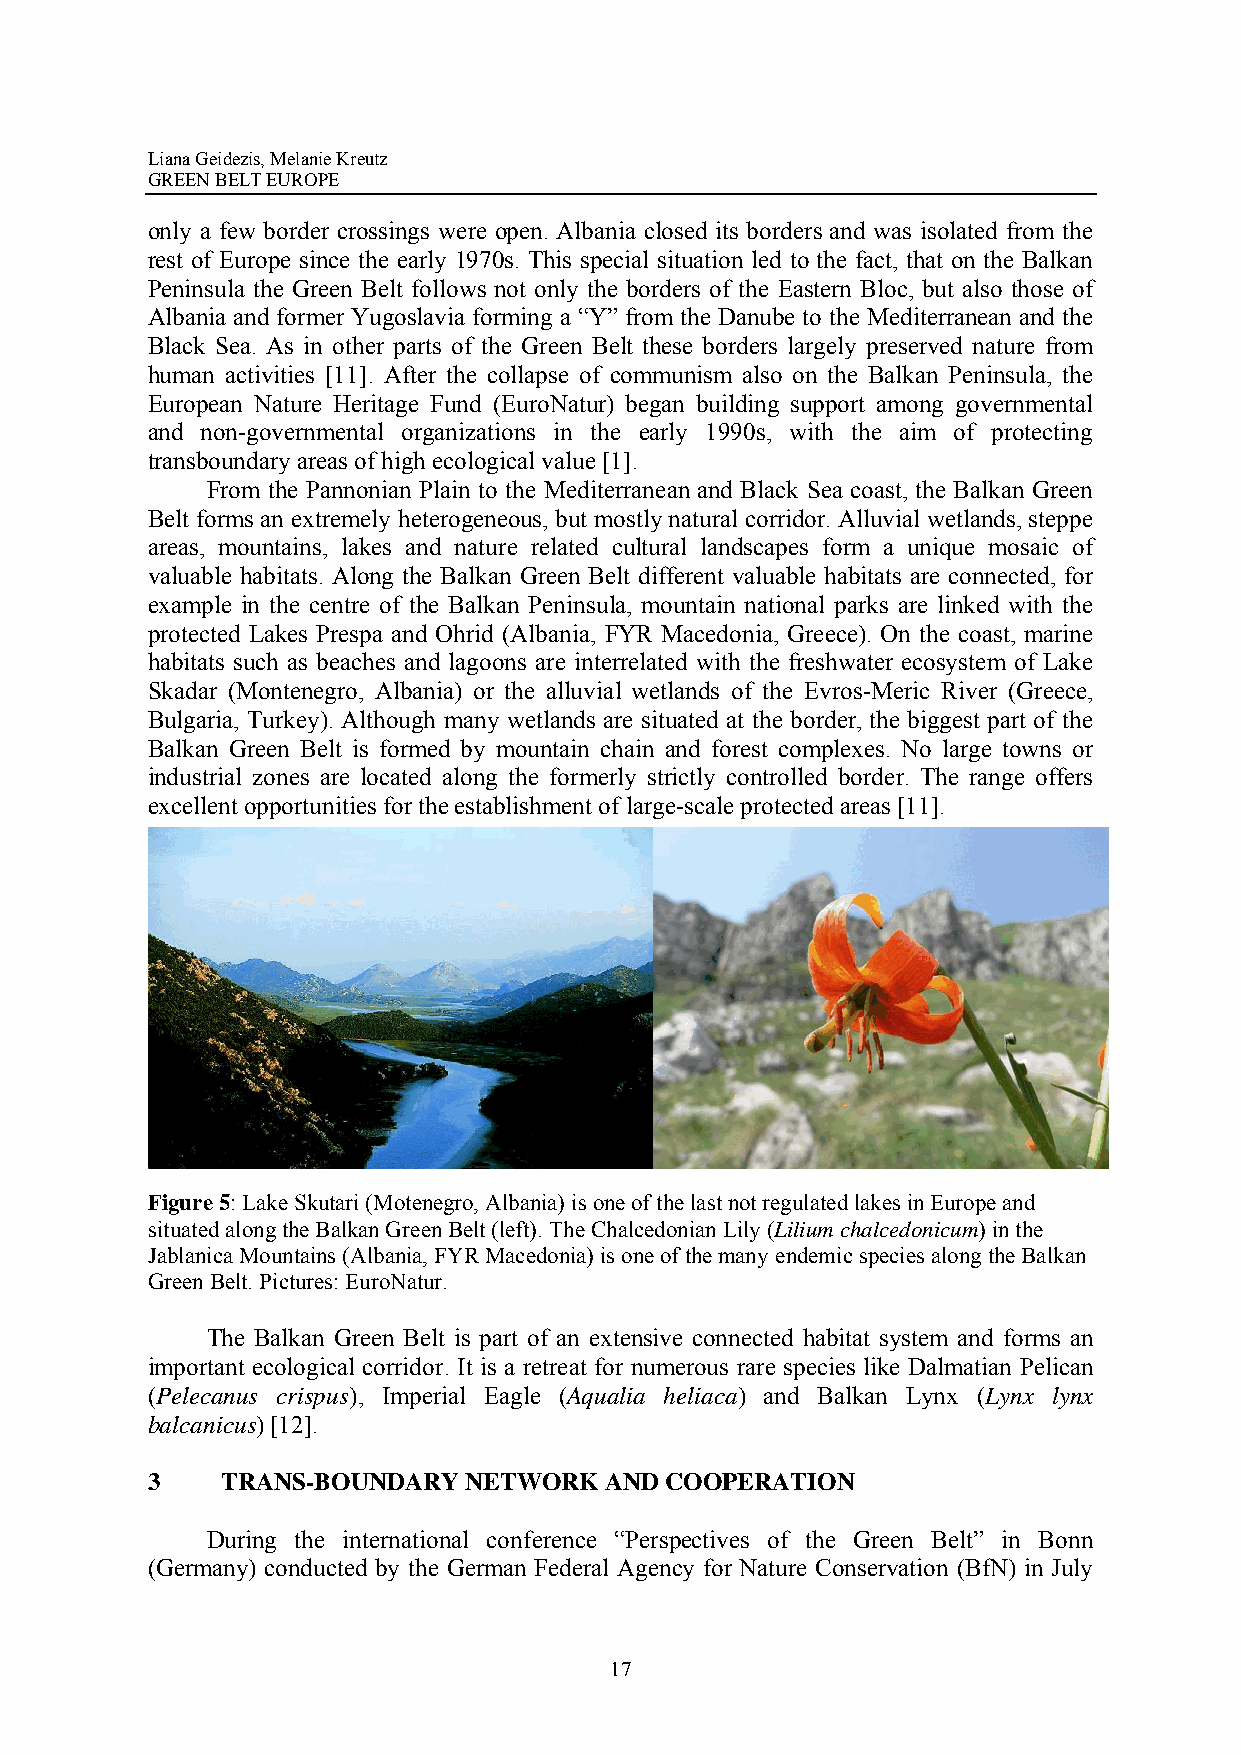
Liana Geidezis, Melanie Kreutz
 GREEN BELT EUROPE
 only a few border crossings were open. Albania closed its borders and was isolated from the
 rest of Europe since the early 1970s. This special situation led to the fact, that on the Balkan
 Peninsula the Green Belt follows not only the borders of the Eastern Bloc, but also those of
 Albania and former Yugoslavia forming a “Y” from the Danube to the Mediterranean and the
 Black Sea. As in other parts of the Green Belt these borders largely preserved nature from
 human activities [11]. After the collapse of communism also on the Balkan Peninsula, the
 European Nature Heritage Fund (EuroNatur) began building support among governmental
 and non-governmental organizations in the early 1990s, with the aim of protecting
 transboundary areas of high ecological value [1].
 From the Pannonian Plain to the Mediterranean and Black Sea coast, the Balkan Green
 Belt forms an extremely heterogeneous, but mostly natural corridor. Alluvial wetlands, steppe
 areas, mountains, lakes and nature related cultural landscapes form a unique mosaic of
 valuable habitats. Along the Balkan Green Belt different valuable habitats are connected, for
 example in the centre of the Balkan Peninsula, mountain national parks are linked with the
 protected Lakes Prespa and Ohrid (Albania, FYR Macedonia, Greece). On the coast, marine
 habitats such as beaches and lagoons are interrelated with the freshwater ecosystem of Lake
 Skadar (Montenegro, Albania) or the alluvial wetlands of the Evros-Meric River (Greece,
 Bulgaria, Turkey). Although many wetlands are situated at the border, the biggest part of the
 Balkan Green Belt is formed by mountain chain and forest complexes. No large towns or
 industrial zones are located along the formerly strictly controlled border. The range offers
 excellent opportunities for the establishment of large-scale protected areas [11].
 Figure 5: Lake Skutari (Motenegro, Albania) is one of the last not regulated lakes in Europe and
 situated along the Balkan Green Belt (left). The Chalcedonian Lily (Lilium chalcedonicum) in the
 Jablanica Mountains (Albania, FYR Macedonia) is one of the many endemic species along the Balkan
 Green Belt. Pictures: EuroNatur.
 The Balkan Green Belt is part of an extensive connected habitat system and forms an
 important ecological corridor. It is a retreat for numerous rare species like Dalmatian Pelican
 (Pelecanus crispus), Imperial Eagle (Aqualia heliaca) and Balkan Lynx (Lynx lynx
 balcanicus) [12].
 3    TRANS-BOUNDARY  NETWORK  AND COOPERATION
 During the international conference “Perspectives of the Green Belt” in Bonn
 (Germany) conducted by the German Federal Agency for Nature Conservation (BfN) in July
 17